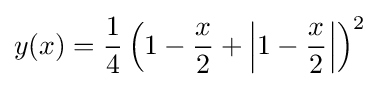
y(x)={\frac {1}{4}}\left(1-{\frac {x}{2}}+\left|1-{\frac {x}{2}}\right|\right)^{2}